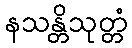
နသန္တိသုတ္တံ